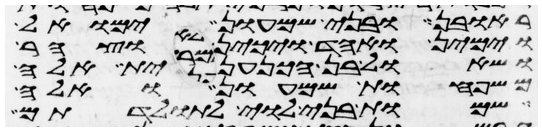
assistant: ראובן ובני שמעון ימואל
וימין ואחד ויכין וצהר
ושאול בן הכנענית אלה
משפחות שמעון ואלה
שמות בני לוי לתולדתם